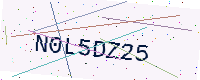
Text: N0L5DZ25